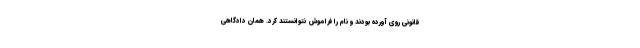
قانونی روی آورده بودند و نام را فراموش نتوانستند کرد. همان دادگاهی